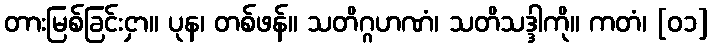
တားမြစ်ခြင်းငှာ။ ပုန၊ တစ်ဖန်။ သတိဂ္ဂဟဏံ၊ သတိသဒ္ဒါကို။ ကတံ၊ [၀၁]